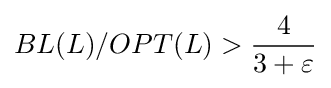
BL(L)/OPT(L)>{\frac {4}{3+\varepsilon }}